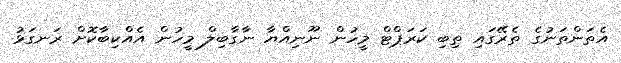
އެތަންތަނުގެ ތެރޭގައި ތިބި ކަރަޕްޓް މީހުން ނޫނިއްޔާ ނާގާބިލް މީހުން އެއްކިބާކޮށް ރަނގަޅު